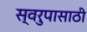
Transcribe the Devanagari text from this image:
स्वरुपासाठी